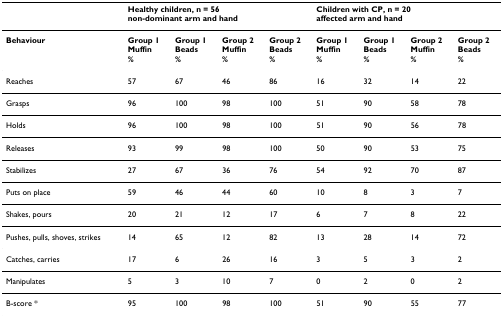
|  | <COLSPAN=4> Healthy children, n = 56non-dominant arm and hand | <COLSPAN=4> Children with CP, n = 20affected arm and hand |
 | --- | --- | --- | --- | --- | --- | --- | --- | --- |
 | Behaviour | Group 1Muffin% | Group 1Beads% | Group 2Muffin% | Group 2Beads% | Group 1Muffin% | Group 1Beads% | Group 2Muffin% | Group 2Beads% |
 | Reaches | 57 | 67 | 46 | 86 | 16 | 32 | 14 | 22 |
 | Grasps | 96 | 100 | 98 | 100 | 51 | 90 | 58 | 78 |
 | Holds | 96 | 100 | 98 | 100 | 51 | 90 | 56 | 78 |
 | Releases | 93 | 99 | 98 | 100 | 50 | 90 | 53 | 75 |
 | Stabilizes | 27 | 67 | 36 | 76 | 54 | 92 | 70 | 87 |
 | Puts on place | 59 | 46 | 44 | 60 | 10 | 8 | 3 | 7 |
 | Shakes, pours | 20 | 21 | 12 | 17 | 6 | 7 | 8 | 22 |
 | Pushes, pulls, shoves, strikes | 14 | 65 | 12 | 82 | 13 | 28 | 14 | 72 |
 | Catches, carries | 17 | 6 | 26 | 16 | 3 | 5 | 3 | 2 |
 | Manipulates | 5 | 3 | 10 | 7 | 0 | 2 | 0 | 2 |
 | B-score * | 95 | 100 | 98 | 100 | 51 | 90 | 55 | 77 |